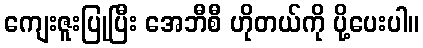
ကျေးဇူးပြုပြီး အေဘီစီ ဟိုတယ်ကို ပို့ပေးပါ။